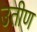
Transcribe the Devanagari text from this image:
उतीण